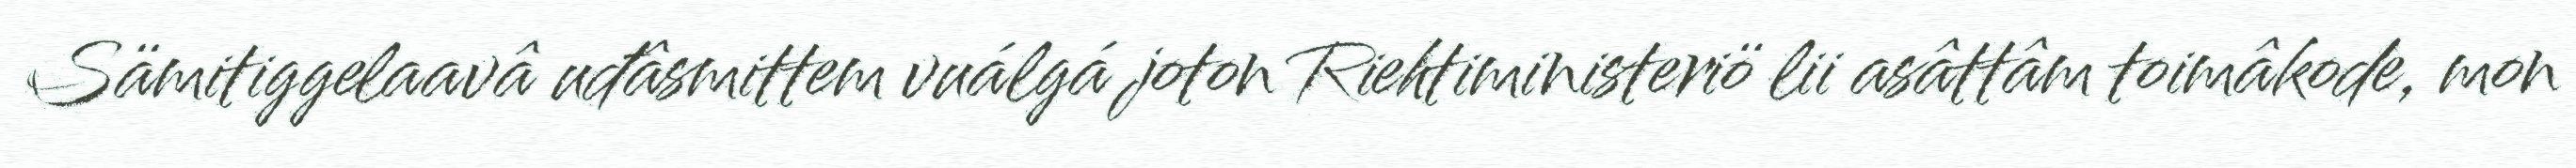
Sämitiggelaavâ uđâsmittem vuálgá joton Riehtiministeriö lii asâttâm toimâkode, mon